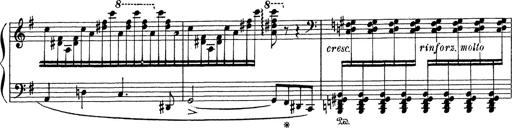
Title: Grosses Konzertsolo
Composer: Franz Liszt